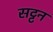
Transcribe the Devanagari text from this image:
सट्टन